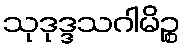
သုဒုဒ္ဒသဂါမိဉ္စ